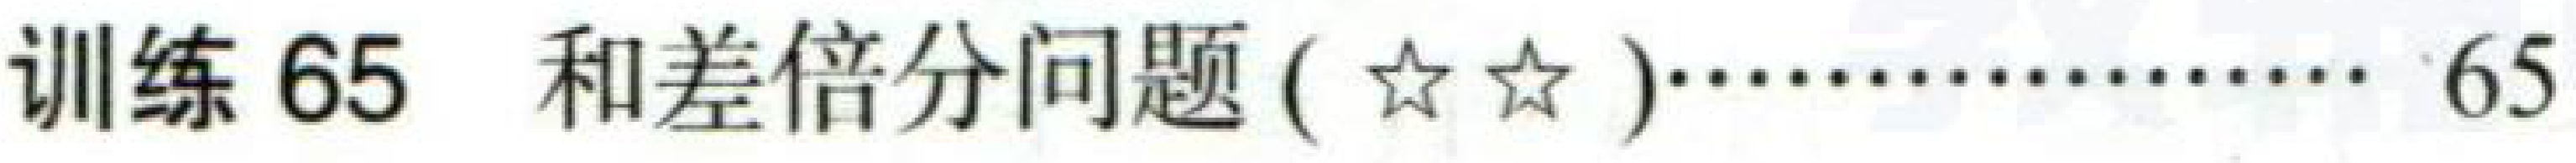
训练 65 和差倍分问题(☆☆)·················· 65